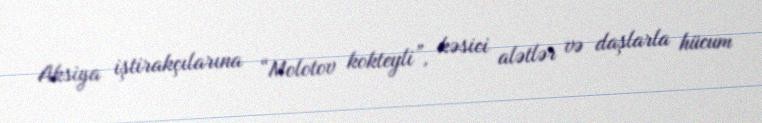
Aksiya iştirakçılarına “Molotov kokteyli”, kəsici alətlər və daşlarla hücum